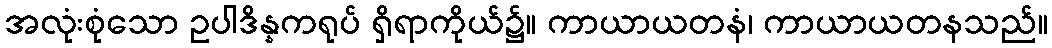
အလုံးစုံသော ဥပါဒိန္နကရုပ် ရှိရာကိုယ်၌။ ကာယာယတနံ၊ ကာယာယတနသည်။